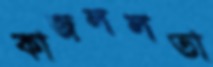
কাজললতা